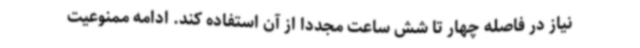
نیاز در فاصله چهار تا شش ساعت مجددا از آن استفاده کند. ادامه ممنوعیت